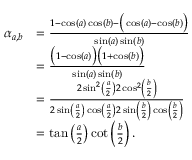
\begin{array} { r l } { \alpha _ { a , b } } & { = \frac { 1 - \cos ( a ) \cos ( b ) - \big ( \cos ( a ) - \cos ( b ) \big ) } { \sin ( a ) \sin ( b ) } } \\ & { = \frac { \big ( 1 - \cos ( a ) \big ) \big ( 1 + \cos ( b ) \big ) } { \sin ( a ) \sin ( b ) } } \\ & { = \frac { 2 \sin ^ { 2 } \left( \frac { a } { 2 } \right) 2 \cos ^ { 2 } \left( \frac { b } { 2 } \right) } { 2 \sin \left( \frac { a } { 2 } \right) \cos \left( \frac { a } { 2 } \right) 2 \sin \left( \frac { b } { 2 } \right) \cos \left( \frac { b } { 2 } \right) } } \\ & { = \tan \left( \frac { a } { 2 } \right) \cot \left( \frac { b } { 2 } \right) . } \end{array}